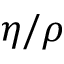
\eta / \rho